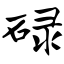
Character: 碌